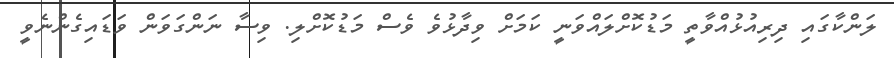
ލަންކާގައި ދިރިއުޅުއްވާތީ މަޑުކޮށްލައްވަނީ ކަމަށް ވިދާޅުވެ ވެސް މަޑުކޮށްލި. ވިސާ ނަންގަވަން ވަޑައިގެންނެވީ